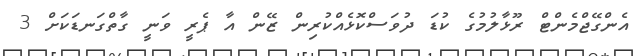
އެންގޭޖްމެންޓް ރޫޅާލުމުގެ ކުޑަ ދުވަސްކޮޅެއްކުރިން ޒޭން އާ ޕެރީ ވަނީ ގާތްގަނޑަކަށް 3